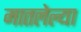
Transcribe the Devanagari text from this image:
मातलेल्या